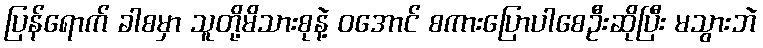
ပြန်ရောက် ခါစမှာ သူတို့မိသားစုနဲ့ ဝအောင် စကားပြောပါစေဦးဆိုပြီး မသွားဘဲ